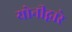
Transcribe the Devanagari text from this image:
योनीद्वारे